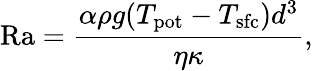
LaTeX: \mathrm{Ra}=\frac{\alpha\rho g(T_{\mathrm{pot}}-T_{\mathrm{sfc}})d^{3}}{\eta\kappa},